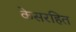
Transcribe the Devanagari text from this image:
केसरहित